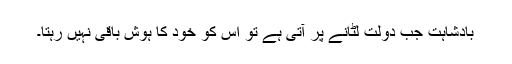
بادشاہت جب دولت لٹانے پر آتی ہے تو اس کو خود کا ہوش باقی نہیں رہتا۔